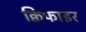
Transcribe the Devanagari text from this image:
क्विफाइर